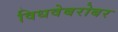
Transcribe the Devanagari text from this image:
विधवेबरोबर